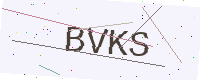
Text: BVKS